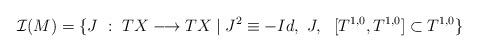
LaTeX: \begin{align*}\mathcal I(M)=\{J\ :\ TX\longrightarrow TX\mid J^2\equiv -Id,\ J,\ \ [T^{1,0}, T^{1,0}]\subset T^{1,0}\}\end{align*}